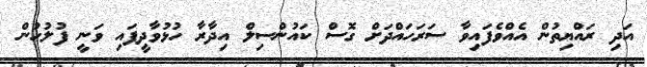
އަދި ރައްޔިތުން އެއްވެފައިވާ ސަރަހައްދަށް ގޮސް ކައުންސިލް އިދާރާ ހުޅުވާދީފައި ވަނީ ފުލުހުން